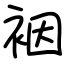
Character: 裀